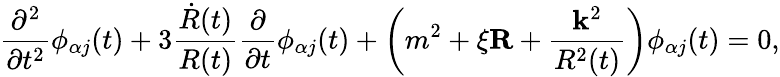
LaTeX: \frac{\partial^{2}}{\partial t^{2}}\phi_{\alpha j}(t)+3\frac{\dot{R}(t)}{R(t)}\frac{\partial}{\partial t}\phi_{\alpha j}(t)+\left(m^{2}+\xi{\mathbf R}+\frac{{\mathbf k}^{2}}{R^{2}(t)}\right)\phi_{\alpha j}(t)=0,